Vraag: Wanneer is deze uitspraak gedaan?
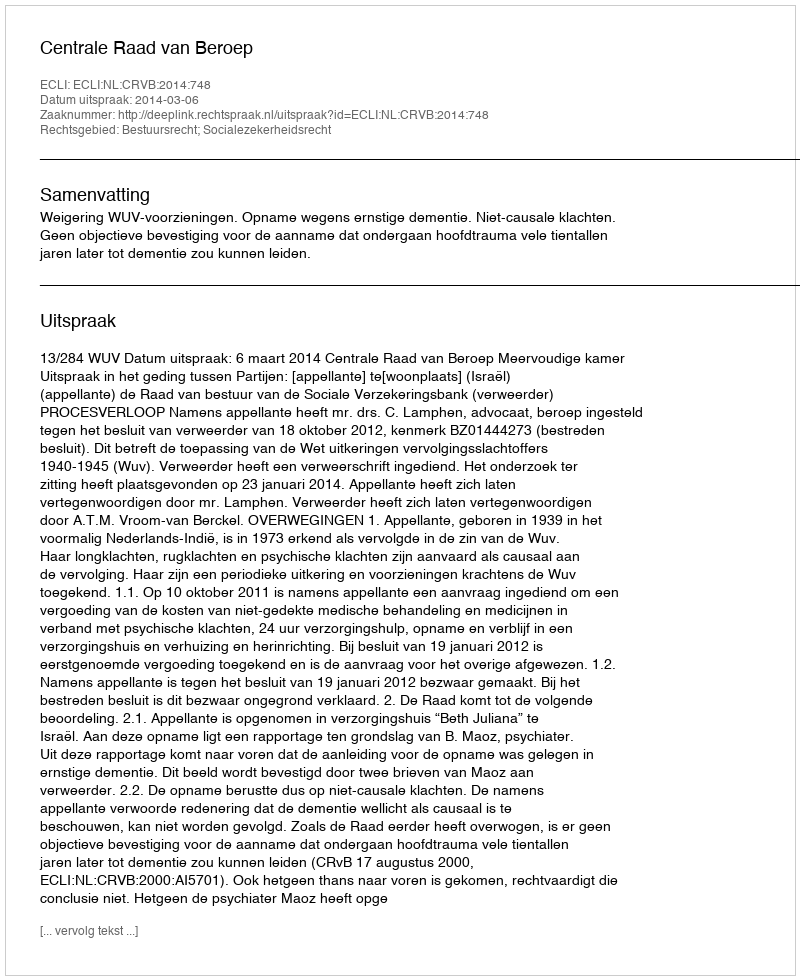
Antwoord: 2014-03-06